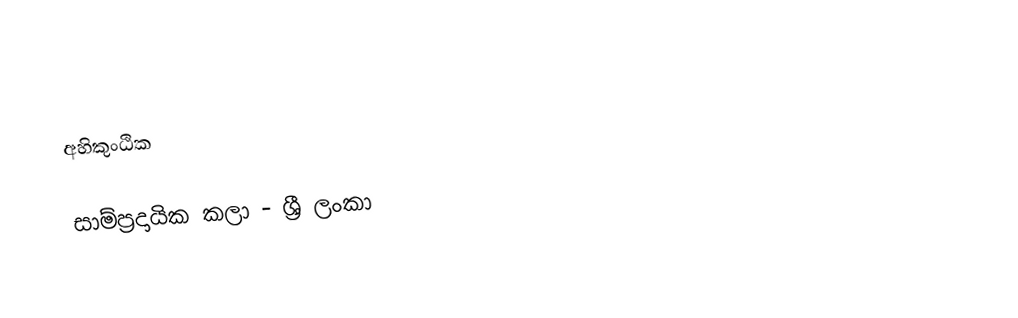
අහිකුංඨික

සාම්ප්‍රදායික කලා - ශ්‍රී ලංකා